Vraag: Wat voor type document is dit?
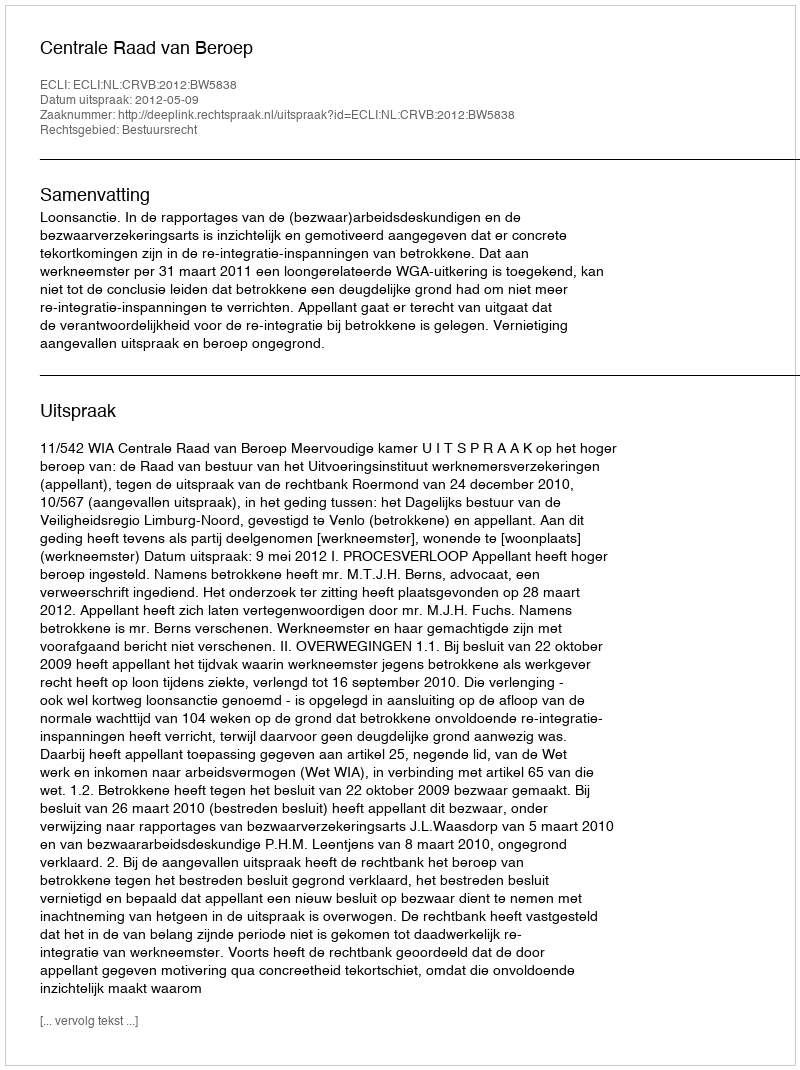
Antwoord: Uitspraak